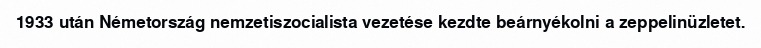
1933 után Németország nemzetiszocialista vezetése kezdte beárnyékolni a zeppelinüzletet.